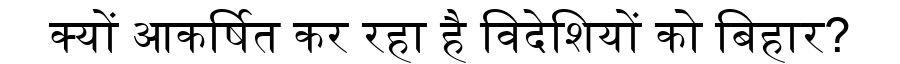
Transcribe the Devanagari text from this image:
क्यों आकर्षित कर रहा है विदेशियों को बिहार?